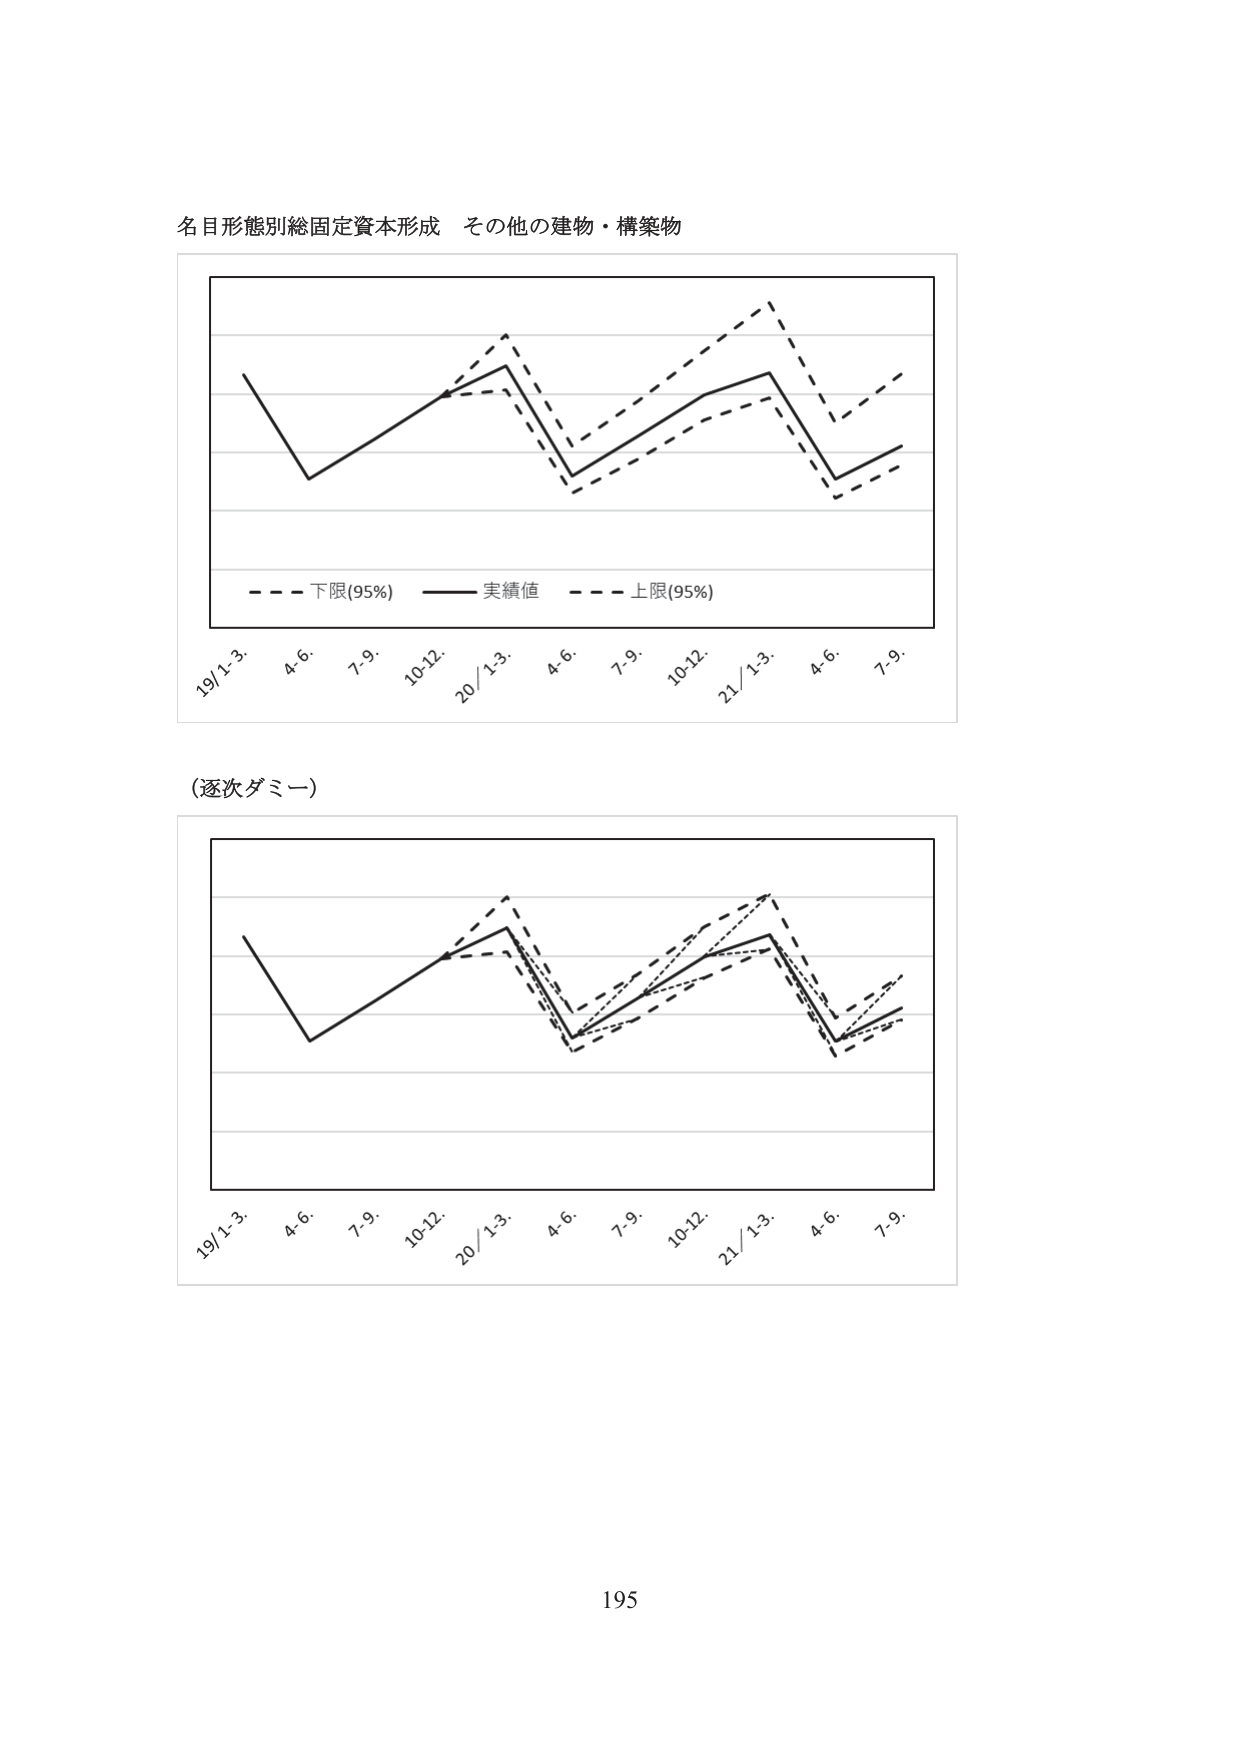
名目形態別総固定資本形成 その他の建物・構築物

- - - 下限(95%) —— 実績値 - - - 上限(95%)

19/1-3. 4-6. 7-9. 10-12. 20/1-3. 4-6. 7-9. 10-12. 21/1-3. 4-6. 7-9.

(逐次ダミー)

19/1-3. 4-6. 7-9. 10-12. 20/1-3. 4-6. 7-9. 10-12. 21/1-3. 4-6. 7-9.

195